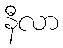
နီလာ